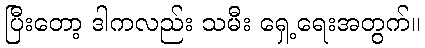
ပြီးတော့ ဒါကလည်း သမီး ရှေ့ရေးအတွက်။